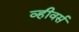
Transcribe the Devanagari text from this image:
व्हीवर्स